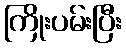
ကြိုးပမ်းပြီး